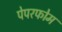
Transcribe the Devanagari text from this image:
पेपरफोम